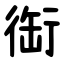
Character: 䘖